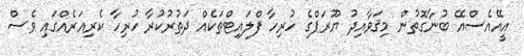
އީއޭއެސްއޭ ބުނާގޮތުން މިޤަވާއިދު ޔޫރަޕްގެ ހުރިހާ ފްލައިޓްތަކެއް ދަތުރުކުރާ ހުރިހާ ކެރިއަރެއްގައި ވެސް